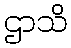
ဌာသိ